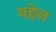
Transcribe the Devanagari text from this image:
यहेल